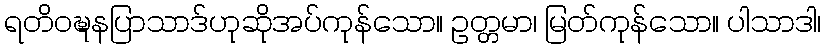
ရတိဝဍ္ဎနပြာသာဒ်ဟုဆိုအပ်ကုန်သော။ ဥတ္တမာ၊ မြတ်ကုန်သော။ ပါသာဒါ၊